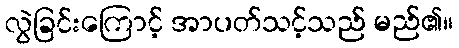
လွဲခြင်းကြောင့် အာပတ်သင့်သည် မည်၏။